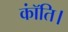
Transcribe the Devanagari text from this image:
कॉंति।